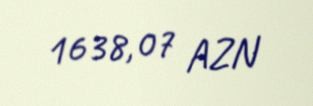
1638,07 AZN